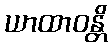
ယာထာဝန္တိ